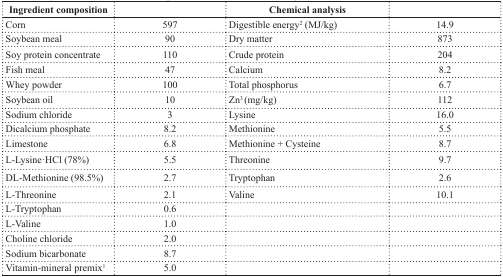
<table><thead><tr><td><b>Ingredient composition</b></td><td></td><td><b>Chemical analysis</b></td><td></td></tr></thead><tbody><tr><td>Corn</td><td>597</td><td>Digestible energy<sup>2</sup> (MJ/kg)</td><td>14.9</td></tr><tr><td>Soybean meal</td><td>90</td><td>Dry matter</td><td>873</td></tr><tr><td>Soy protein concentrate</td><td>110</td><td>Crude protein</td><td>204</td></tr><tr><td>Fish meal</td><td>47</td><td>Calcium</td><td>8.2</td></tr><tr><td>Whey powder</td><td>100</td><td>Total phosphorus</td><td>6.7</td></tr><tr><td>Soybean oil</td><td>10</td><td>Zn<sup>3</sup> (mg/kg)</td><td>112</td></tr><tr><td>Sodium chloride</td><td>3</td><td>Lysine</td><td>16.0</td></tr><tr><td>Dicalcium phosphate</td><td>8.2</td><td>Methionine</td><td>5.5</td></tr><tr><td>Limestone</td><td>6.8</td><td>Methionine + Cysteine</td><td>8.7</td></tr><tr><td>L-Lysine·HCl (78%)</td><td>5.5</td><td>Threonine</td><td>9.7</td></tr><tr><td>DL-Methionine (98.5%)</td><td>2.7</td><td>Tryptophan</td><td>2.6</td></tr><tr><td>L-Threonine</td><td>2.1</td><td>Valine</td><td>10.1</td></tr><tr><td>L-Tryptophan</td><td>0.6</td><td></td><td></td></tr><tr><td>L-Valine</td><td>1.0</td><td></td><td></td></tr><tr><td>Choline chloride</td><td>2.0</td><td></td><td></td></tr><tr><td>Sodium bicarbonate</td><td>8.7</td><td></td><td></td></tr><tr><td>Vitamin-mineral premix<sup>1</sup></td><td>5.0</td><td></td><td></td></tr></tbody></table>